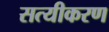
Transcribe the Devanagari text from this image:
सत्यीकरण